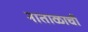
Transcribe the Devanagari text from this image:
नाताळाची